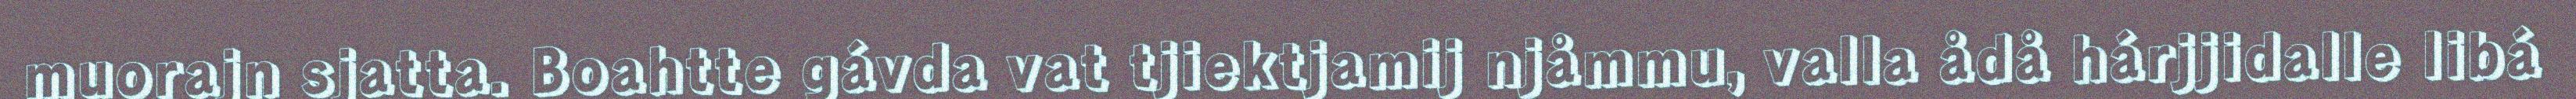
muorajn sjatta. Boahtte gávda vat tjiektjamij njåmmu, valla ådå hárjjidalle libá